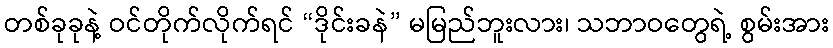
တစ်ခုခုနဲ့ ဝင်တိုက်လိုက်ရင် “ဒိုင်းခနဲ” မမြည်ဘူးလား၊ သဘာဝတွေရဲ့ စွမ်းအား